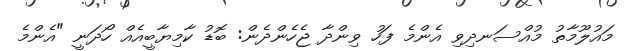
މައުލޫމާތު މުއްސަނދިވި އެންމެ ފަހު ވިންދާ ޖެހެންދެން: ބޮޑު ކާމިޔާބީއެއް ހޯދަނީ "އެންމެ